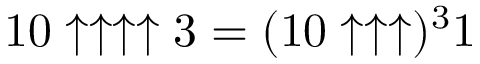
1 0 \uparrow \uparrow \uparrow \uparrow 3 = ( 1 0 \uparrow \uparrow \uparrow ) ^ { 3 } 1